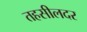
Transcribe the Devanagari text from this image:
तहसीलदर